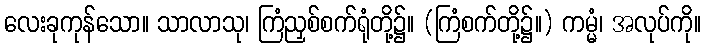
လေးခုကုန်သော။ သာလာသု၊ ကြံညှစ်စက်ရုံတို့၌။ (ကြံစက်တို့၌။) ကမ္မံ၊ အလုပ်ကို။